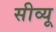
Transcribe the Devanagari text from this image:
सीव्‍यू